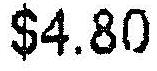
$4.80